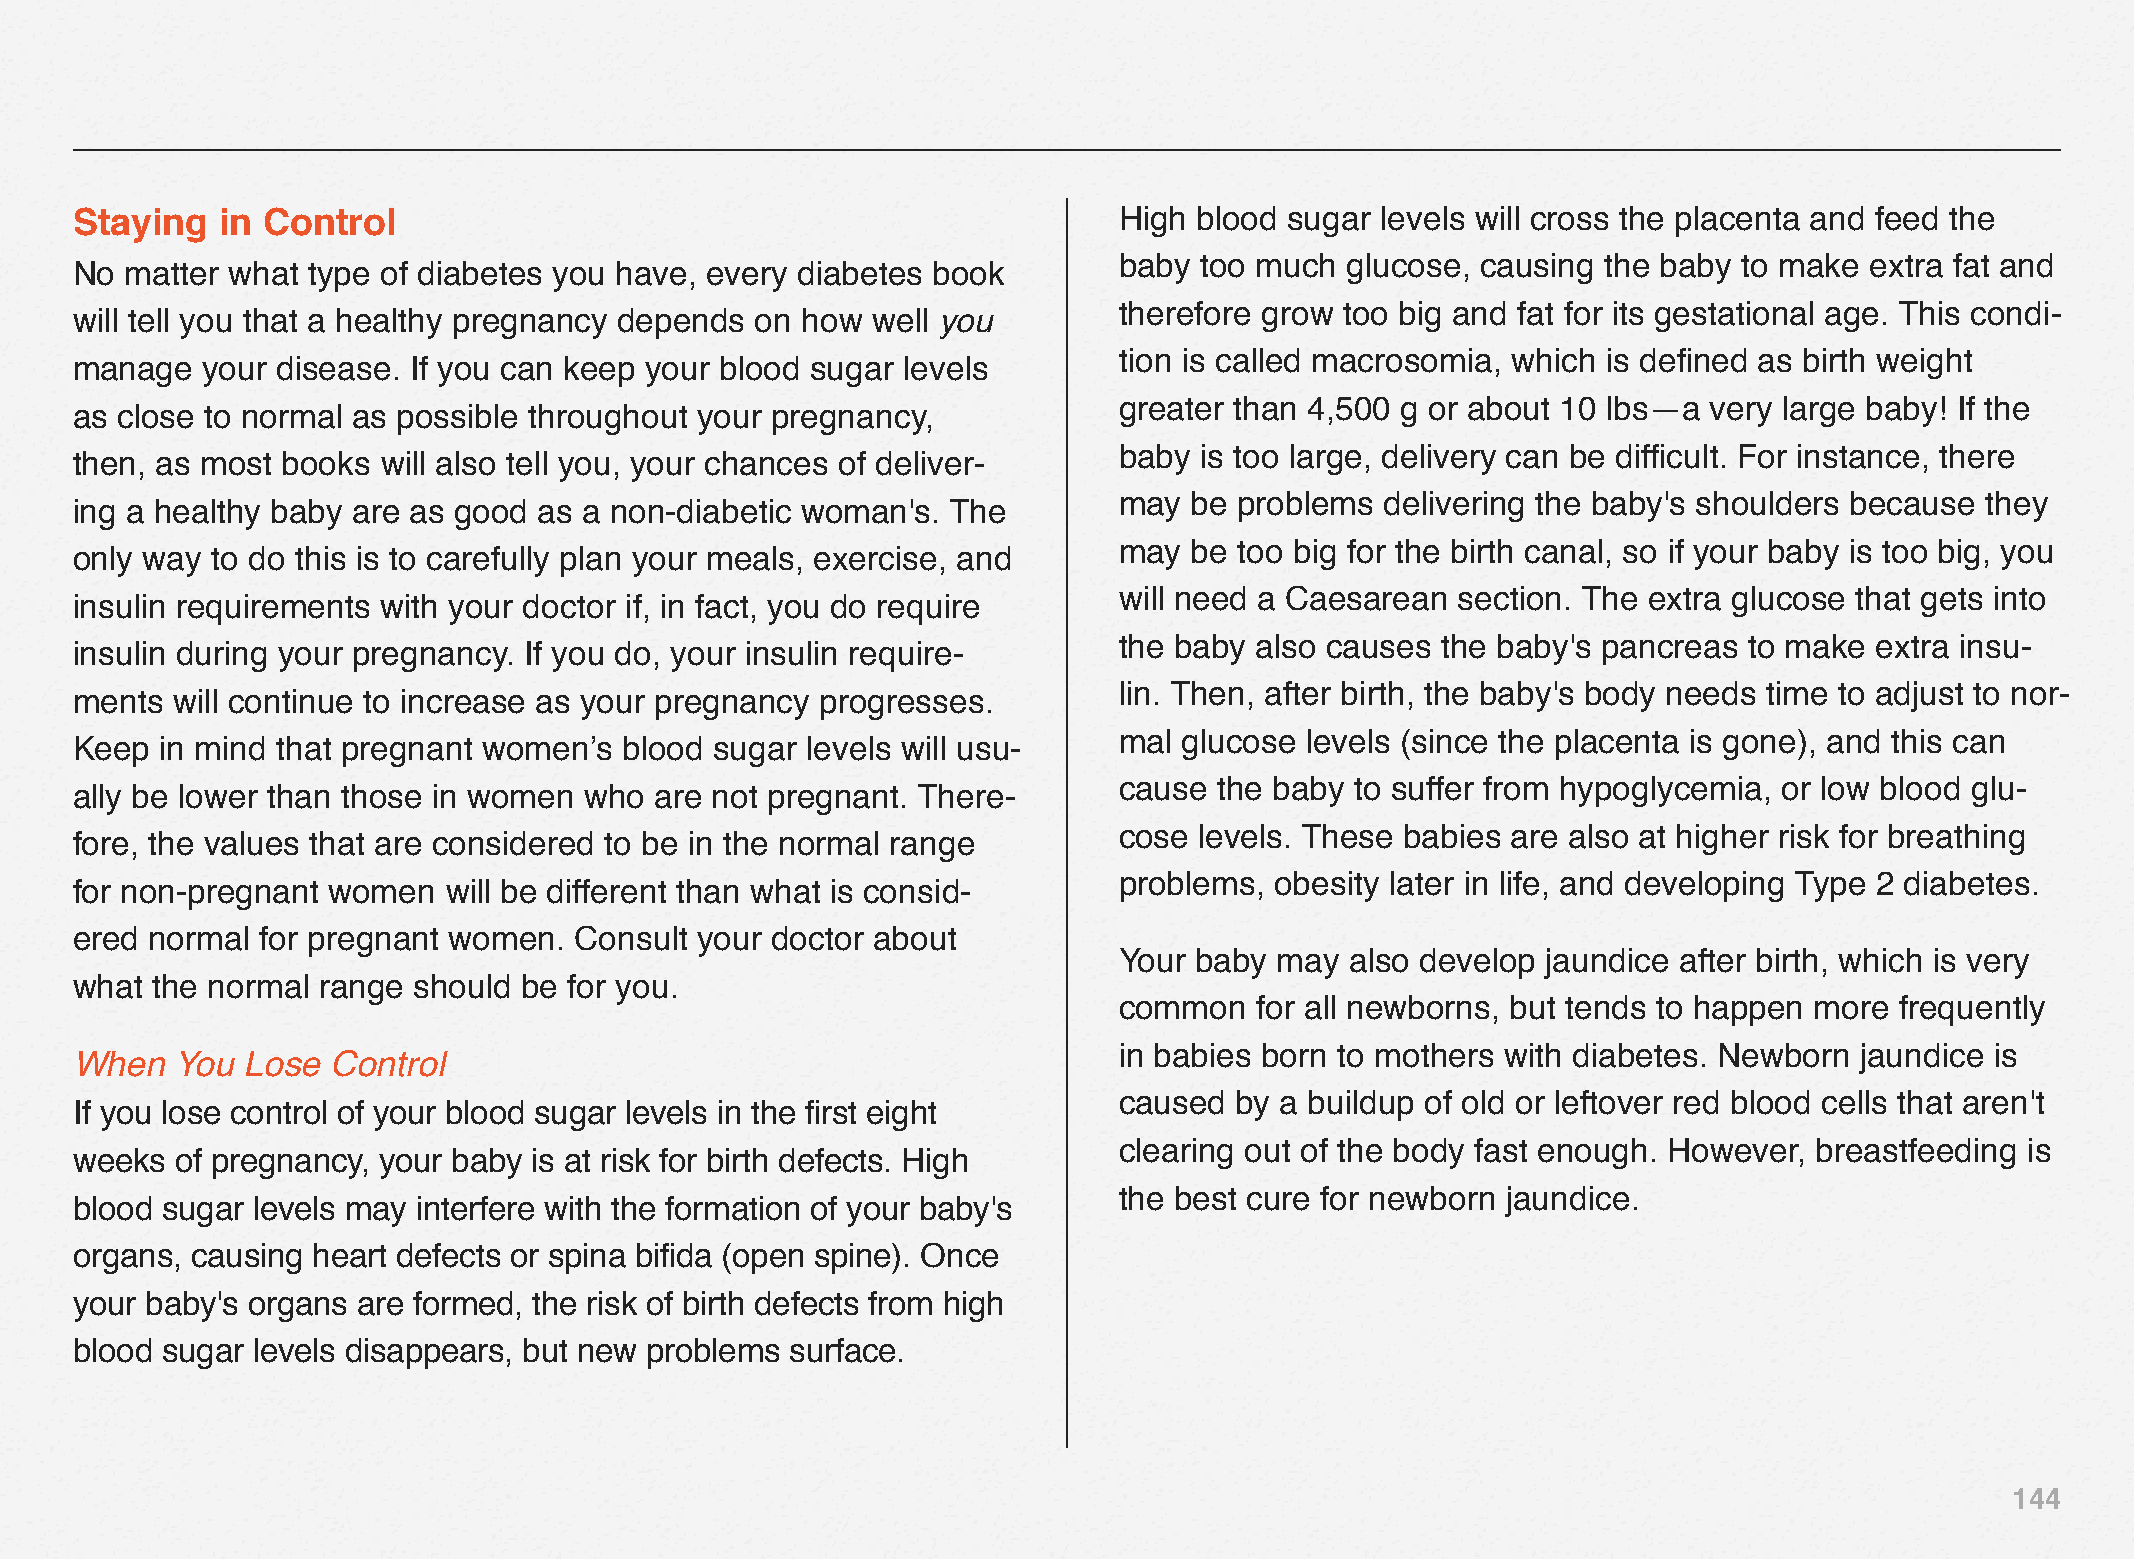
Staying  in Control                                                  High blood sugar levels will cross the placenta and feed the
 baby too much  glucose, causing the baby to make  extra fat and
 No matter what type of diabetes you have, every diabetes book
 therefore grow too big and fat for its gestational age. This condi-
 will tell you that a healthy pregnancy depends on how well you
 tion is called macrosomia, which is defined as birth weight
 manage  your disease. If you can keep your blood sugar levels
 greater than 4,500 g or about 10 lbs—a very large baby! If the
 as close to normal as possible throughout your pregnancy,
 baby is too large, delivery can be difficult. For instance, there
 then, as most books will also tell you, your chances of deliver-
 may  be problems  delivering the baby's shoulders because they
 ing a healthy baby are as good as a non-diabetic woman's. The
 may  be too big for the birth canal, so if your baby is too big, you
 only way to do this is to carefully plan your meals, exercise, and
 will need a Caesarean  section. The extra glucose that gets into
 insulin requirements with your doctor if, in fact, you do require
 the baby also causes the baby's pancreas  to make extra insu-
 insulin during your pregnancy. If you do, your insulin require-
 lin. Then, after birth, the baby's body needs time to adjust to nor-
 ments will continue to increase as your pregnancy progresses.
 mal glucose levels (since the placenta is gone), and this can
 Keep  in mind that pregnant women’s blood sugar levels will usu-
 cause  the baby to suffer from hypoglycemia, or low blood glu-
 ally be lower than those in women who are not pregnant. There-
 cose levels. These babies are also at higher risk for breathing
 fore, the values that are considered to be in the normal range
 problems, obesity later in life, and developing Type 2 diabetes.
 for non-pregnant women  will be different than what is consid-
 ered normal for pregnant women.  Consult your doctor about
 Your baby  may also develop jaundice after birth, which is very
 what the normal range should  be for you.
 common   for all newborns, but tends to happen more frequently
 in babies born to mothers with diabetes. Newborn jaundice is
 When   You Lose  Control
 caused  by a buildup of old or leftover red blood cells that aren't
 If you lose control of your blood sugar levels in the first eight
 clearing out of the body fast enough. However, breastfeeding is
 weeks  of pregnancy, your baby is at risk for birth defects. High
 the best cure for newborn jaundice.
 blood sugar levels may interfere with the formation of your baby's
 organs, causing heart defects or spina bifida (open spine). Once
 your baby's organs are formed, the risk of birth defects from high
 blood sugar levels disappears, but new problems surface.
 144